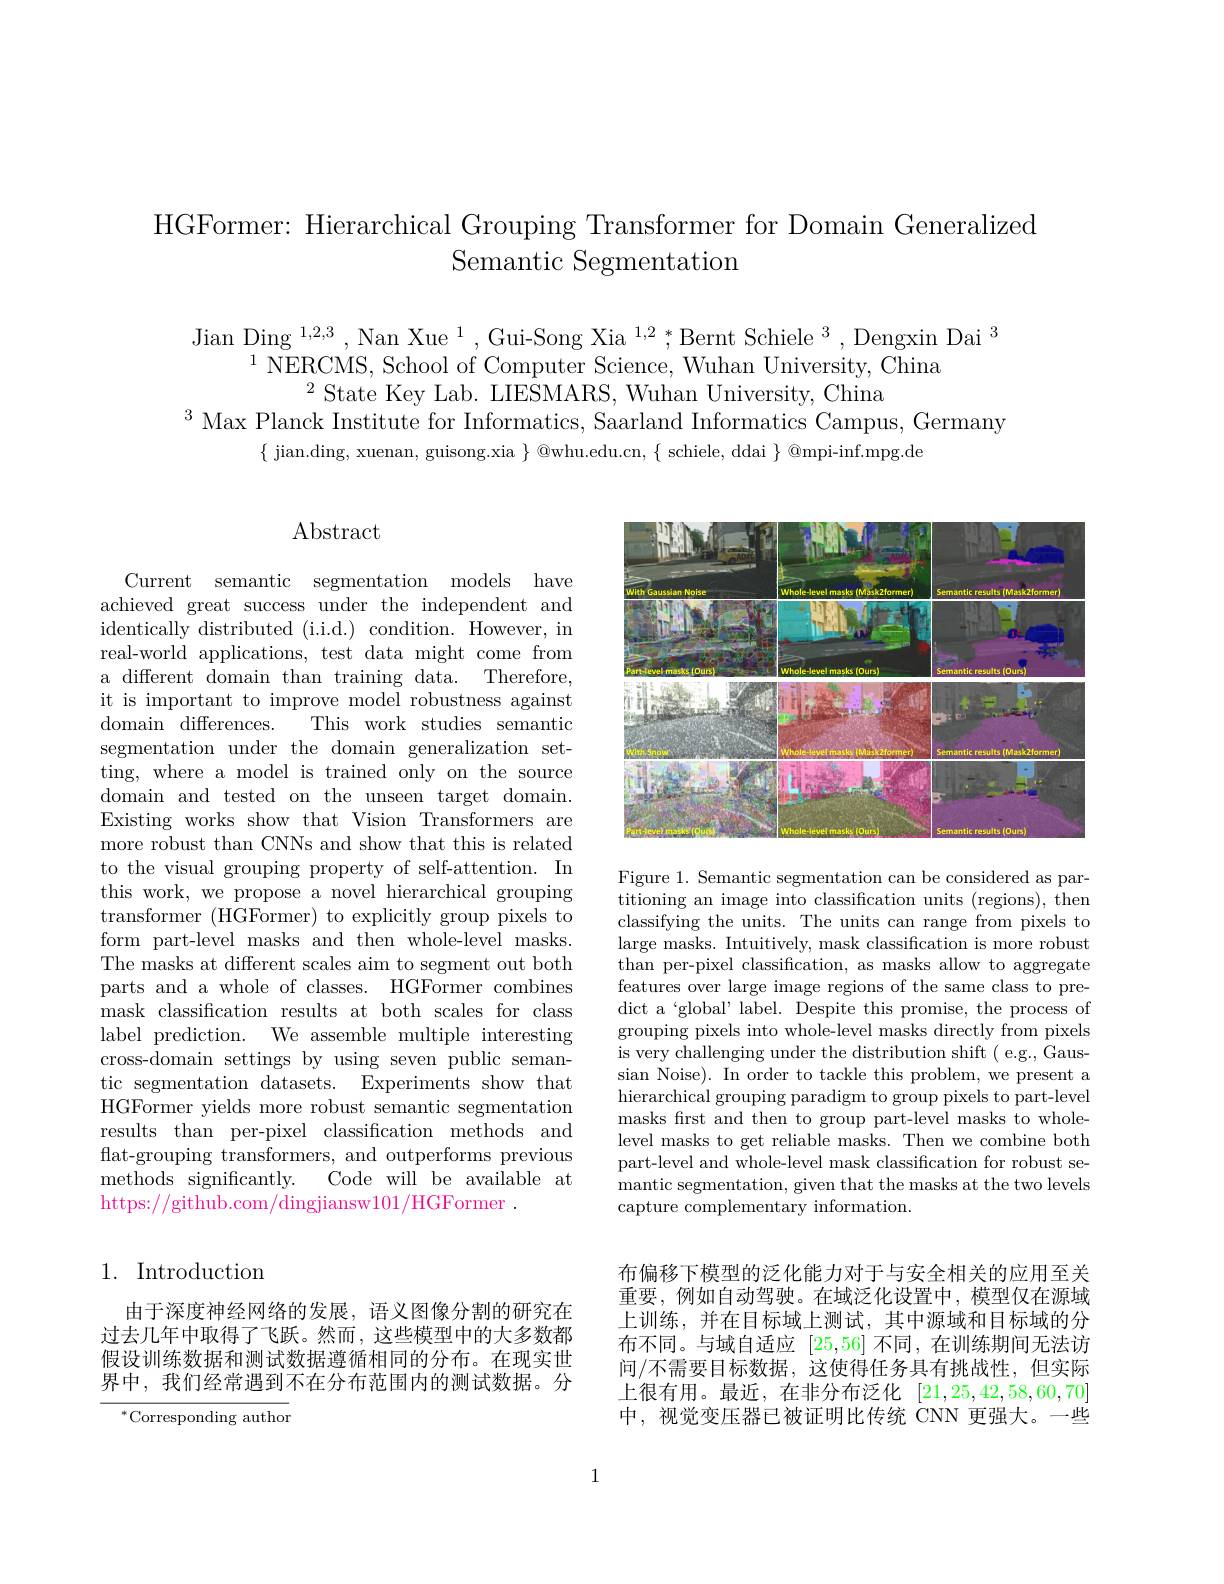
# HGFormer: Hierarchical Grouping Transformer for Domain Generalized Semantic Segmentation

Jian Ding $^1,2,3,\text{Nan Xue}^{1},\text{Gui-Song Xia }^{1,2};\text{Bernt Schiele }^{3},\text{Dengxin Dai }^{3}$
$^{1}$ NERCMS, School of Computer Science, Wuhan University, China
$^{2}$State Key Lab. LIESMARS, Wuhan University, China
$^3$ Max Planck Institute for Informatics, Saarland Informatics Campus, Germany
$\{$ jian.ding, xuenan, guisong.xia $\}$ @whu.edu.cn, $\{$ schiele, ddai $\}$ @mpi-inf.mpg.de

## $\operatorname{Abstract}$

Current semantic segmentation models have achieved great success under the independent and identically distributed (i.i.d.) condition. However, in real-world applications, test data might come from a different domain than training data. Therefore. it is important to improve model robustness against domain differences. This work studies semantic segmentation under the domain generalization setting, where a model is trained only on the source domain and tested on the unseen target domain. Existing works show that Vision Transformers are more robust than CNNs and show that this is related to the visual grouping property of self-attention. In this work, we propose a novel hierarchical grouping transformer (HGFormer) to explicitly group pixels to form part-level masks and then whole-level masks. The masks at different scales aim to segment out both parts and a whole of classes. HGFormer combines mask classification results at both scales for class label prediction. We assemble multiple interesting cross-domain settings by using seven public semantic segmentation datasets. Experiments show that HGFormer yields more robust semantic segmentation results than per-pixel classification methods and flat-grouping transformers, and outperforms previous methods significantly. Code will be available at https://github.com/dingjiansw101/HGFormer .

## 1. Introduction

由于深度神经网络的发展，语义图像分割的研究在过去几年中取得了飞跃。然而，这些模型中的大多数都假设训练数据和测试数据遵循相同的分布。在现实世界中，我们经常遇到不在分布范围内的测试数据。分

$^{*}$Corresponding author

<FigureHere>

Figure 1. Semantic segmentation can be considered as partitioning an image into classification units (regions), then classifying the units. The units can range from pixels to large masks. Intuitively, mask classification is more robust than per-pixel classification, as masks allow to aggregate features over large image regions of the same class to predict a‘global’ label. Despite this promise, the process of grouping pixels into whole-level masks directly from pixels is very challenging under the distribution shift ( e.g., Gaussian Noise). In order to tackle this problem, we present a hierarchical grouping paradigm to group pixels to part-level masks frst and then to group part-level masks to wholelevel masks to get reliable masks. Then we combine both part-level and whole-level mask classification for robust semantic segmentation, given that the masks at the two levels capture complementary information.

布偏移下模型的泛化能力对于与安全相关的应用至关重要，例如自动驾驶。在域泛化设置中，模型仅在源域上训练，并在目标域上测试，其中源域和目标域的分布不同。与域自适应[25,56]不同，在训练期间无法访间/不需要目标数据，这使得任务具有挑战性，但实际上很有用。最近，在非分布泛化[21,25,42,58,60,70] 中，视觉变压器已被证明比传统 CNN 更强大。一些

1